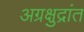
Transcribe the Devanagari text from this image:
अग्रक्षुद्रांत